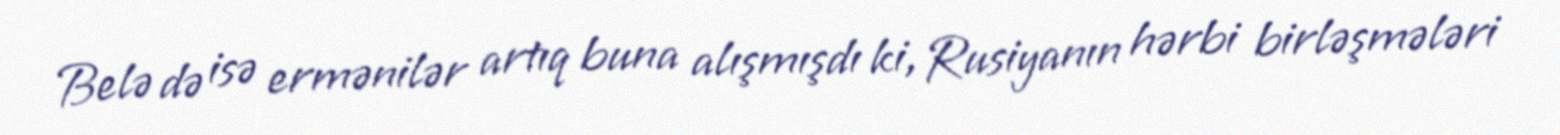
Belə də isə ermənilər artıq buna alışmışdı ki, Rusiyanın hərbi birləşmələri